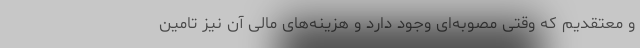
و معتقدیم که وقتی مصوبه‌ای وجود دارد و هزینه‌های مالی آن نیز تامین